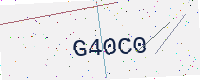
Text: G40C0